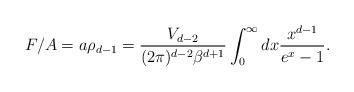
LaTeX: \begin{align*} F/A = a \rho_{d-1} = \frac{V_{d-2}}{(2\pi)^{d-2} \beta^{d+1}} \int_0^\infty dx \frac{x^{d-1}}{e^x-1} .\end{align*}